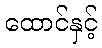
ထောင်နှင့်